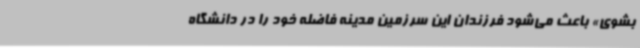
بشوی» باعث می‌شود فرزندان این سرزمین مدینه فاضله خود را در دانشگاه